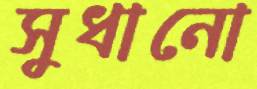
সুধানো